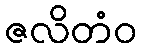
ဇလိတံဝ